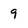
Character: 9